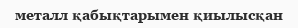
металл қабықтарымен қиылысқан